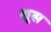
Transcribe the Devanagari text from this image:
शूस